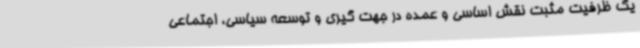
یک ظرفیت مثبت نقش اساسی و عمده در جهت گیری و توسعه سیاسی، اجتماعی